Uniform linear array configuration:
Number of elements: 32
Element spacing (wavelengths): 0.5
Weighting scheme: exponential
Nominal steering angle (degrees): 30
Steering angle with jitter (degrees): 29.035
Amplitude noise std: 0.05
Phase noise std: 0.05

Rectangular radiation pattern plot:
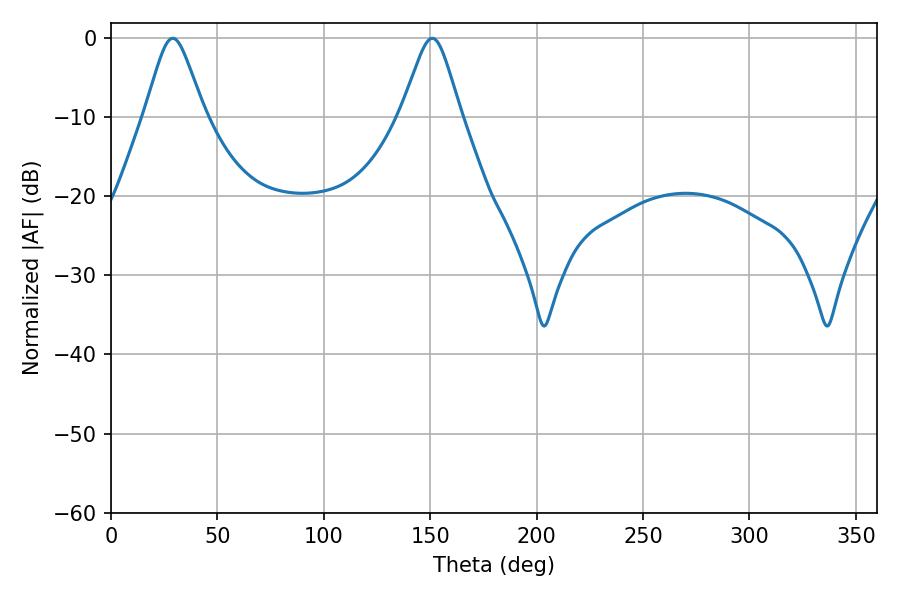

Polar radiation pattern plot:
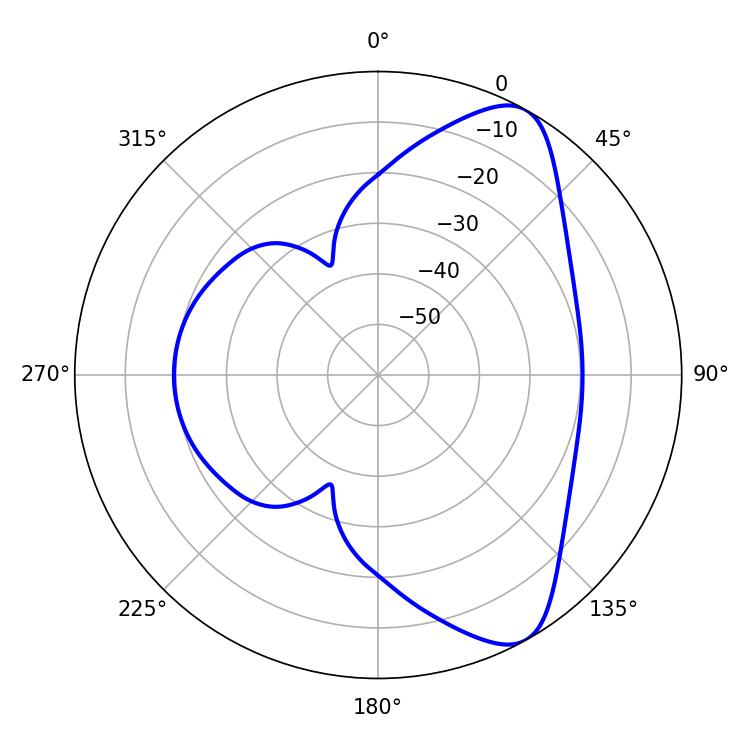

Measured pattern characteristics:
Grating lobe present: FALSE
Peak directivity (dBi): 8.433
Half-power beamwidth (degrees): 13.5
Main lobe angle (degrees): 28.98